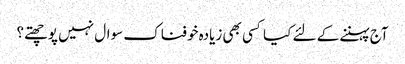
آج پہننے کے لئے کیا کسی بھی زیادہ خوفناک سوال نہیں پوچھتے؟